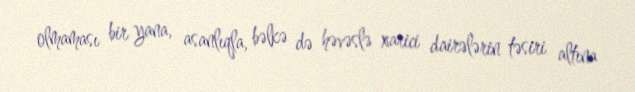
olmaması bir yana, asanlıqla, bəlkə də həvəslə xarici dairələrin təsiri altına